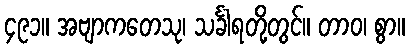
၄၉၁။ အဗျာကတေသု၊ သင်္ခါရတို့တွင်။ တာဝ၊ စွာ။